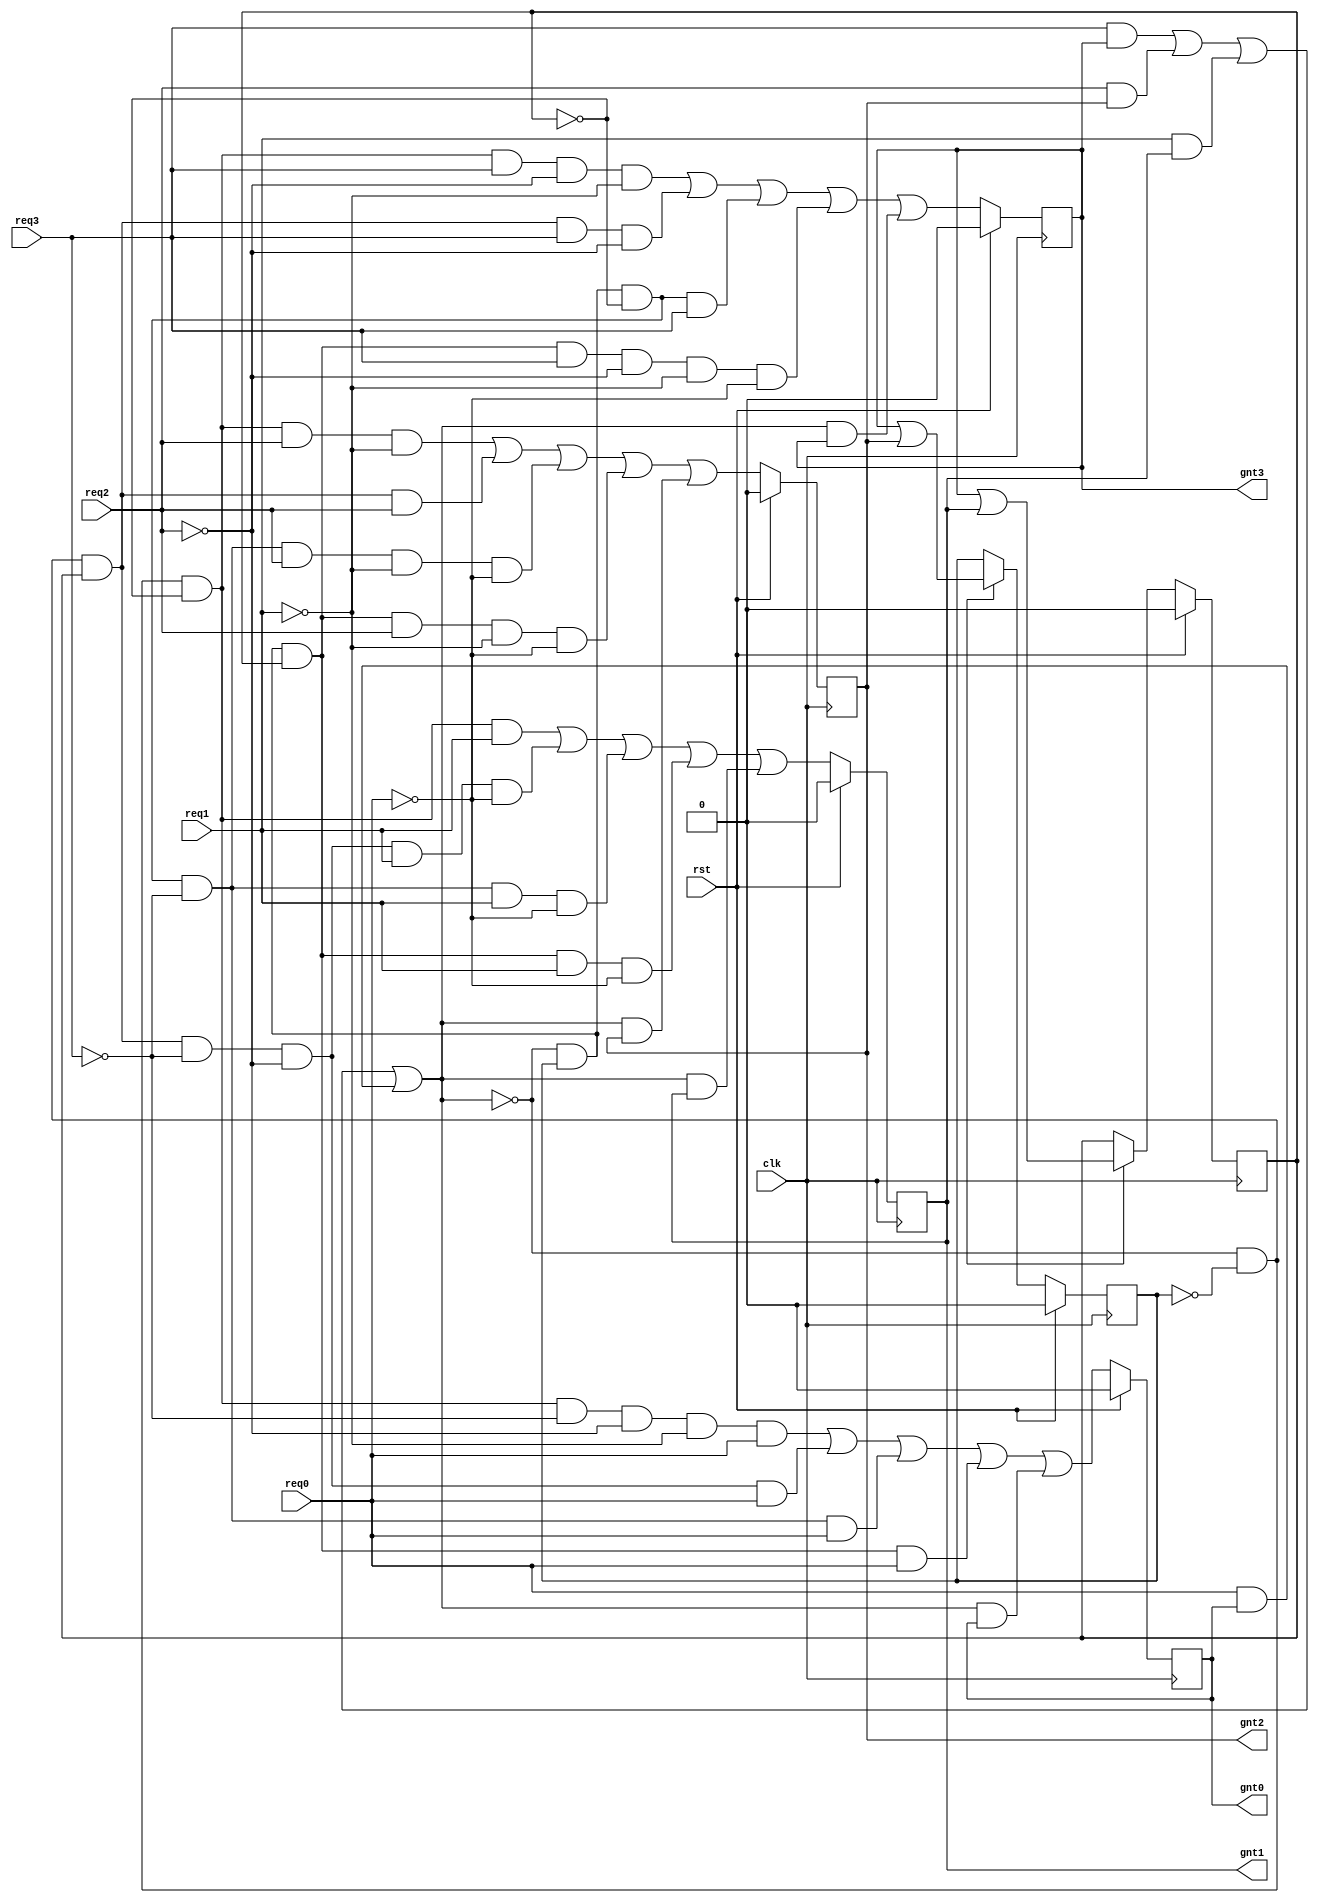
`timescale 1ns / 1ps
//////////////////////////////////////////////////////////////////////////////////
// Company: 
// Engineer: 
// 
// Design Name: 
// Module Name: arbiter
// Project Name: 
// Target Devices: 
// Tool Versions: 
// Description: 
// 
// Dependencies: 
// 
// Revision:
// Revision 0.01 - File Created
// Additional Comments:
// 
//////////////////////////////////////////////////////////////////////////////////


module arbiter (
  clk,    
  rst,    
  req3,   
  req2,   
  req1,   
  req0,   
  gnt3,   
  gnt2,   
  gnt1,   
  gnt0   
);
// PORT DECLARATION
input           clk;    //CLOCK
input           rst;    //RESET
input           req3;   //REQUEST SIGNALS
input           req2;   
input           req1;   
input           req0;   
output          gnt3;   //GRANT SIGNALS
output          gnt2;   
output          gnt1;   
output          gnt0;   

//INTERNAL REGISTERS
wire    [1:0]   gnt       ;   
wire            comreq    ;    
wire            beg       ;   // BEGIN SIGNAL
wire   [1:0]    lgnt      ;  // LATCHED ENCODED GRANT
wire            lcomreq   ;  // BUS STATUS
reg             lgnt0     ;  // LATCHED GRANTS
reg             lgnt1     ;
reg             lgnt2     ;
reg             lgnt3     ;
reg             mask_enable   ;
reg             lmask0    ;
reg             lmask1    ;
reg             ledge    ;

//--//
  
always @ (posedge clk)
  
  if (rst)  //if reset is true
  begin
    lgnt0 <= 0;
    lgnt1 <= 0;
    lgnt2 <= 0;
    lgnt3 <= 0;
  end 
  
  else
    begin                                     
  lgnt0 <=(~lcomreq & ~lmask1 & ~lmask0 & ~req3 & ~req2 & ~req1 & req0)
        | (~lcomreq & ~lmask1 &  lmask0 & ~req3 & ~req2 &  req0)
        | (~lcomreq &  lmask1 & ~lmask0 & ~req3 &  req0)
        | (~lcomreq &  lmask1 &  lmask0 & req0  )
        | ( lcomreq & lgnt0 );
      
  lgnt1 <=(~lcomreq & ~lmask1 & ~lmask0 &  req1)
        | (~lcomreq & ~lmask1 &  lmask0 & ~req3 & ~req2 &  req1 & ~req0)
        | (~lcomreq &  lmask1 & ~lmask0 & ~req3 &  req1 & ~req0)
        | (~lcomreq &  lmask1 &  lmask0 &  req1 & ~req0)
        | ( lcomreq &  lgnt1);
      
  lgnt2 <=(~lcomreq & ~lmask1 & ~lmask0 &  req2  & ~req1)
        | (~lcomreq & ~lmask1 &  lmask0 &  req2)
        | (~lcomreq &  lmask1 & ~lmask0 & ~req3 &  req2  & ~req1 & ~req0)
        | (~lcomreq &  lmask1 &  lmask0 &  req2 & ~req1 & ~req0)
        | ( lcomreq &  lgnt2);
      
  lgnt3 <=(~lcomreq & ~lmask1 & ~lmask0 & req3  & ~req2 & ~req1)
        | (~lcomreq & ~lmask1 &  lmask0 & req3  & ~req2)
        | (~lcomreq &  lmask1 & ~lmask0 & req3)
        | (~lcomreq &  lmask1 &  lmask0 & req3  & ~req2 & ~req1 & ~req0)
        | ( lcomreq & lgnt3);
end 

 //BEGIN SIGNAL
  
  assign beg = (req3 | req2 | req1 | req0) & ~lcomreq;  
  

 // comreq logic (BUS STATUS)

assign lcomreq = ( req3 & lgnt3 )
                | ( req2 & lgnt2 )
                | ( req1 & lgnt1 )
                | ( req0 & lgnt0 );


// Encoder logic
  
assign  lgnt =  {(lgnt3 | lgnt2),(lgnt3 | lgnt1)};


// lmask register.

always @ (posedge clk )
if( rst ) 
  begin
    lmask1 <= 0;
    lmask0 <= 0;
  end 
 else if(mask_enable) 
    begin
      lmask1 <= lgnt[1];
      lmask0 <= lgnt[0];
    end 
 else 
    begin
      lmask1 <= lmask1;
      lmask0 <= lmask0;
    end 

  
assign comreq = lcomreq;
assign gnt    = lgnt;

// Drive the outputs

assign gnt3   = lgnt3;
assign gnt2   = lgnt2;
assign gnt1   = lgnt1;
assign gnt0   = lgnt0;

endmodule